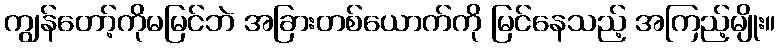
ကျွန်တော့်ကိုမမြင်ဘဲ အခြားတစ်ယောက်ကို မြင်နေသည့် အကြည့်မျိုး။